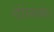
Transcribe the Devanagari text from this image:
दोलक।